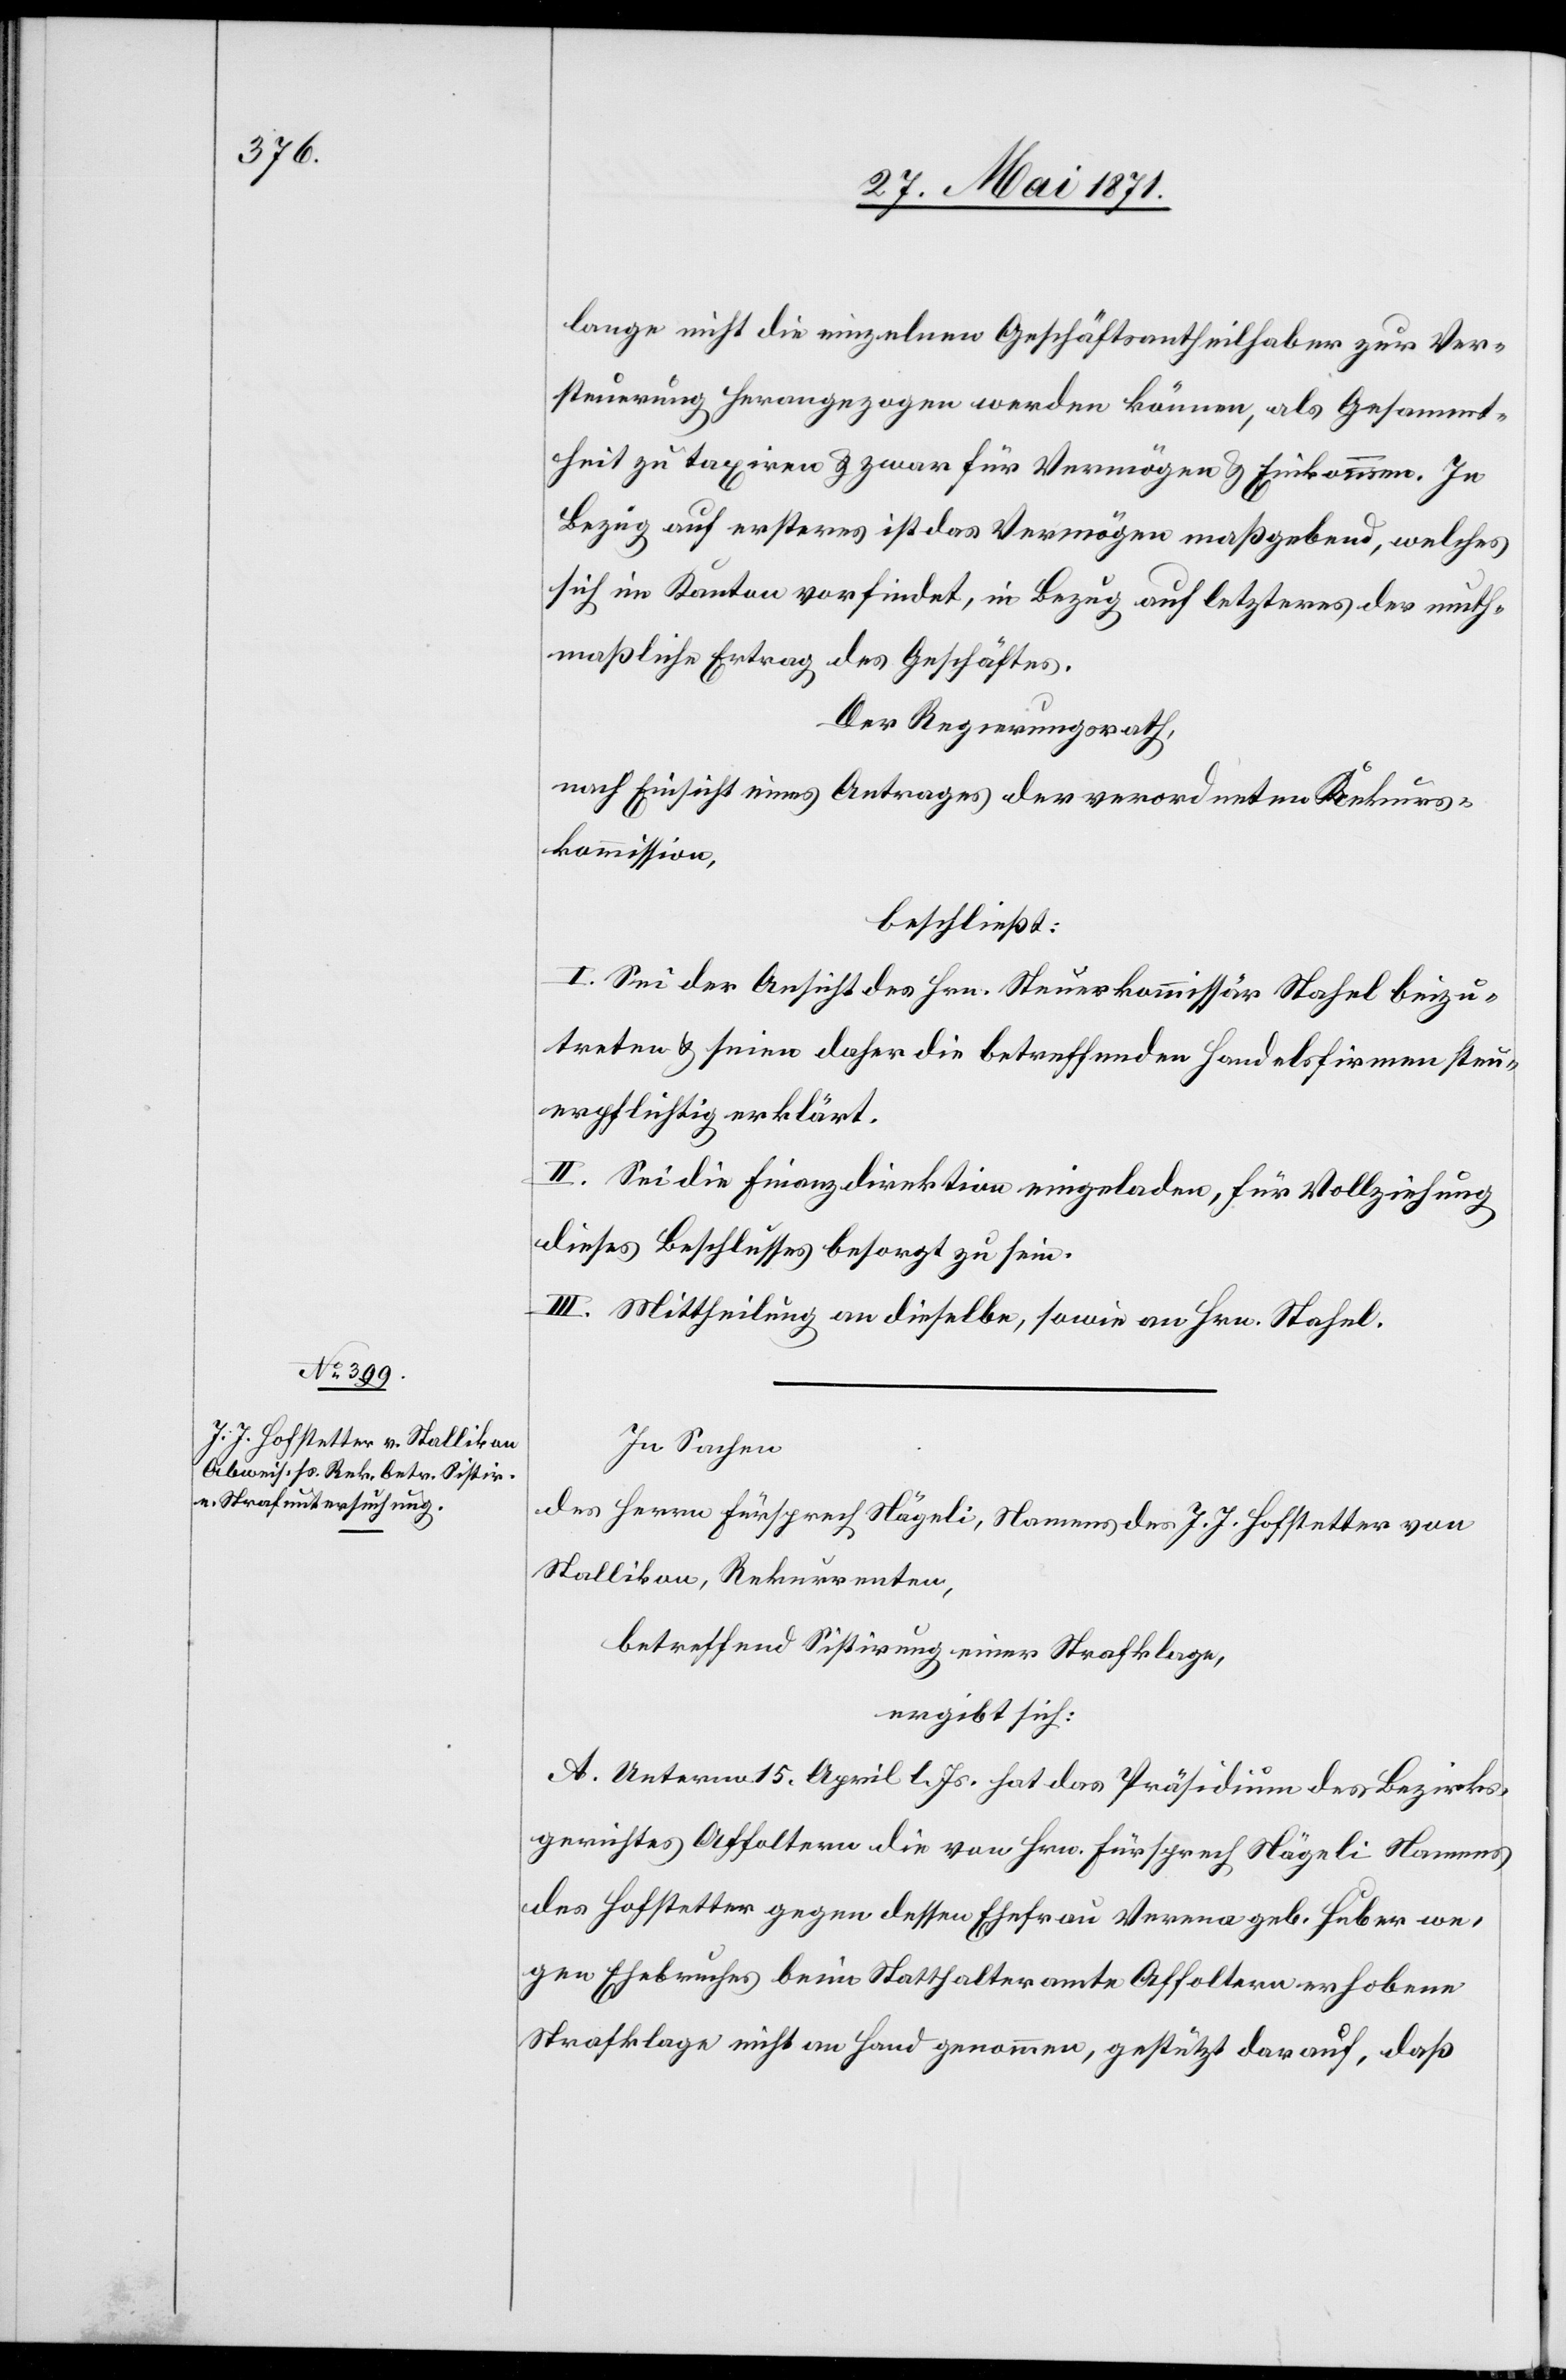
lange nicht die einzelnen Geschäftsantheilhaber zur Ver¬
steuerung herangezogen werden können, als Gesammt¬
heit zu taxiren u. zwar für Vermögen u. Einkommen. In
Bezug auf ersteres ist das Vermögen maßgebend, welches
sich im Kanton vorfindet, in Bezug auf letzteres der muth¬
maßliche Ertrag des Geschäftes.
Der Regierungsrath,
nach Einsicht eines Antrages der verordneten Rekurs¬
kommission,
beschließt:
I. Sei der Ansicht des Hrn. Steuerkommissär Stafel beizu¬
treten u. seien daher die betreffenden Handelsfirmen steu¬
erpflichtig erklärt.
II. Sei die Finanzdirektion eingeladen, für Vollziehung
dieses Beschlusses besorgt zu sein.
III. Mittheilung an dieselbe, sowie an Hrn. Stafel.
In Sachen
des Herrn Fürsprech Nägeli, Namens des J. J. Hofstetter von
Stallikon, Rekurrenten,
betreffend Sistirung einer Strafklage,
ergibt sich:
A. Unterm 15. April l. Js. hat das Präsidium des Bezirks¬
gerichtes Affoltern die von Hrn. Fürsprech Nägeli Namens
des Hofstetter gegen dessen Ehefrau Verena geb. Huber we¬
gen Ehebruches beim Statthalteramte Affoltern erhobene
Strafklage nicht an Hand genommen, gestützt darauf, daß